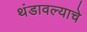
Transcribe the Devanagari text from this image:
थंडावल्याचे